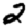
Digit: 2